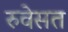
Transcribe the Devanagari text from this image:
रुवेसत